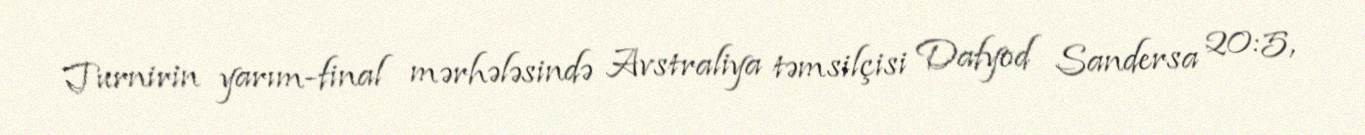
Turnirin yarım-final mərhələsində Avstraliya təmsilçisi Dafyod Sandersa 20:5,